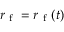
r _ { \mathrm { ~ f ~ } } = r _ { \mathrm { ~ f ~ } } ( t )